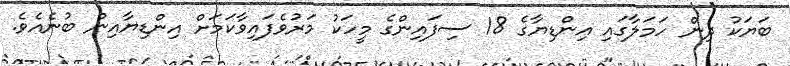
ބަޔަކު ދިން ހަމަލާގައި އިންޑިޔާގެ 18 ސިފައިންގެ މީހަކު މަރުވެފައިވާކަމަށް އިންޑިޔާއިން ބުނެއެވެ.